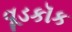
વૂડકૉક